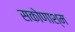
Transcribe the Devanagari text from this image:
सकोणाश्म